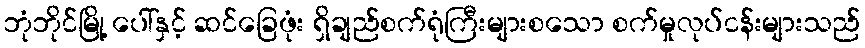
ဘုံဘိုင်မြို့ ပေါ်နှင့် ဆင်ခြေဖုံး ရှိချည်စက်ရုံကြီးများစသော စက်မှုလုပ်ငန်းများသည်